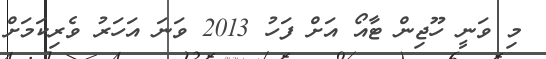
މި ވަނީ ހޫޖިން ޓާއޯ އަށް ފަހު 2013 ވަނަ އަހަރު ވެރިކަމަށް